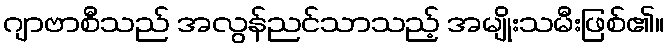
ဂျာဗာစီသည် အလွန်ညင်သာသည့် အမျိုးသမီးဖြစ်၏။